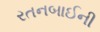
રતનબાઈની